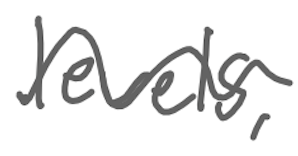
Text: levels,
Cross-out: wave
Writing tool: digital_gray